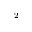
_ 2